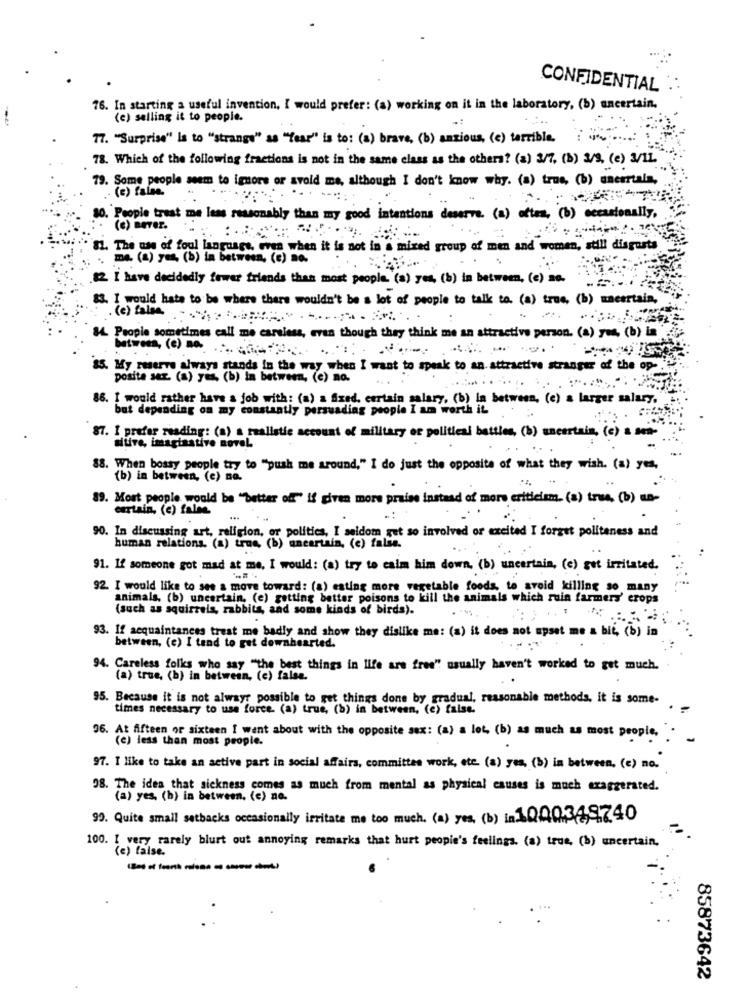
CONFIDENTIAL
76. In starting a useful invention, I would prefer: (a) working on it in the laboratory, (b) uncertain.
(e) selling it to people.
17. "Surprise" Is to "strange" as "Year" is to: (s) brave, (b) anxious, (c) terrible.
78. Which of the following fractions is not in the same class as the others? (a) 3/7. (1) 3/9. (e) 3/11.
79. Some people seem to ignore or avoid me, although I don't know why. (a) true, (b) unerrtala,
- (e) false.
30. People treat me less reasonably than my good intentions deserve. (a) after, (b) occasionally,
(c) BeTer.
81. The use of foul language, even when it is not in a mixed group of men and women, still disgusts
. me (a) yes (b) in between, (e) no.
2. I have decidedly fewer friends than most people. (a) yes, (b) in between, (e) so.
IS. I would hate to be where there wouldn't be a lot of people to talk to. (a) true, (b) macertain,
.(e) falsa.
14. People sometimes call me careless, even though they think me an attractive person. (a) yes, (b) in '
between, (e) ma. .... 6.72.
.-.
85. My reserve always stands in the way when I want to speak to an attractive stranger of the op-
posite ser. (a) yes, (b) in between, (e) no.
86. I would rather have a job with: (a) a fixed. certain salary, (b) in between, (e) a larger salary.
but depending on my constantly persuading people I am worth it
87. I prefer reading: (a) a realistic account of military or political battles, (b) uncertain, (e) = sen-
sitive, imaginative novel.
88. When bossy people try to "push me around," I do just the opposite of what they wish. (a) yes,
(b) in between, (e) no.
89. Most people would be "better of" is given more praise instead of more criticism. (s) true. (b) na-
certain. (e) false
90. In discussing art, religion, or politics, I seldom gut so involved or excited I forget politeness and
human relations. (a) true, (b) ancertain, (e) falsa.
91. If someone got mad at mo, I would: (a) try to calm him down. (b) uncertain, (e) got irritated.
92. I would like to see a move toward: (a) eating more vegetable foods, to avoid killing so many
animals, (b) uncertain. (e) getting better poisons to kill the animals which ruin farmers' erops
(such as squirrels, rabbits, and some kinds of birds).
93. If acquaintances treat me badly and show they dislike me: (a) it does not upset me a big, (b) in
between, (c) I tend to get downhearted.
94. Careless folks who say "the best things in life are free" usually haven't worked to get much.
(a) true, (b) in between, (c) false.
95. Because it is not always possible to get things done by gradual, reasonable methods, it is some-
times necessary to use force. (a) true, (b) in between, (c) false.
96. At fifteen or sixteen I went about with the opposite sex: (a) a lot, (b) as much as most people, ".
(e) less than most people.
97. I like to take an active part in social affairs, committee work, etc. (a) yes, (b) in between. (c) no.
08. The idea that sickness comes as much from mental as physical causes is much exaggerated.
(a) yes, (b) in between. (e) no.
99. Quite small setbacks occasionally irritate me too much. (a) yes, (b) in1000349740
100. I very rarely blust out annoying remarks that hurt people's feelings. (a) true, (b) uncertain,
(c) false.
85873642